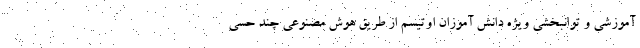
آموزشی و توانبخشی ویژه دانش آموزان اوتیسم از طریق هوش مصنوعی چند حسی